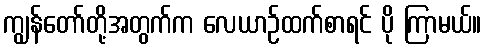
ကျွန်တော်တို့အတွက်က လေယာဉ်ထက်စာရင် ပို ကြာမယ်။